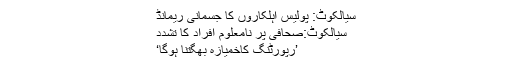
سیالکوٹ: پولیس اہلکاروں کا جسمانی ریمانڈ
سیالکوٹ:صحافی پر نامعلوم افراد کا تشدد
’رپورٹنگ کاخمیازہ بھگتنا ہوگا‘